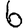
Digit: 6